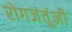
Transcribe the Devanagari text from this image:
रोगजंतूंनी